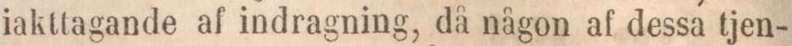
iakttagande af indragning, då någon af dessa tjen-